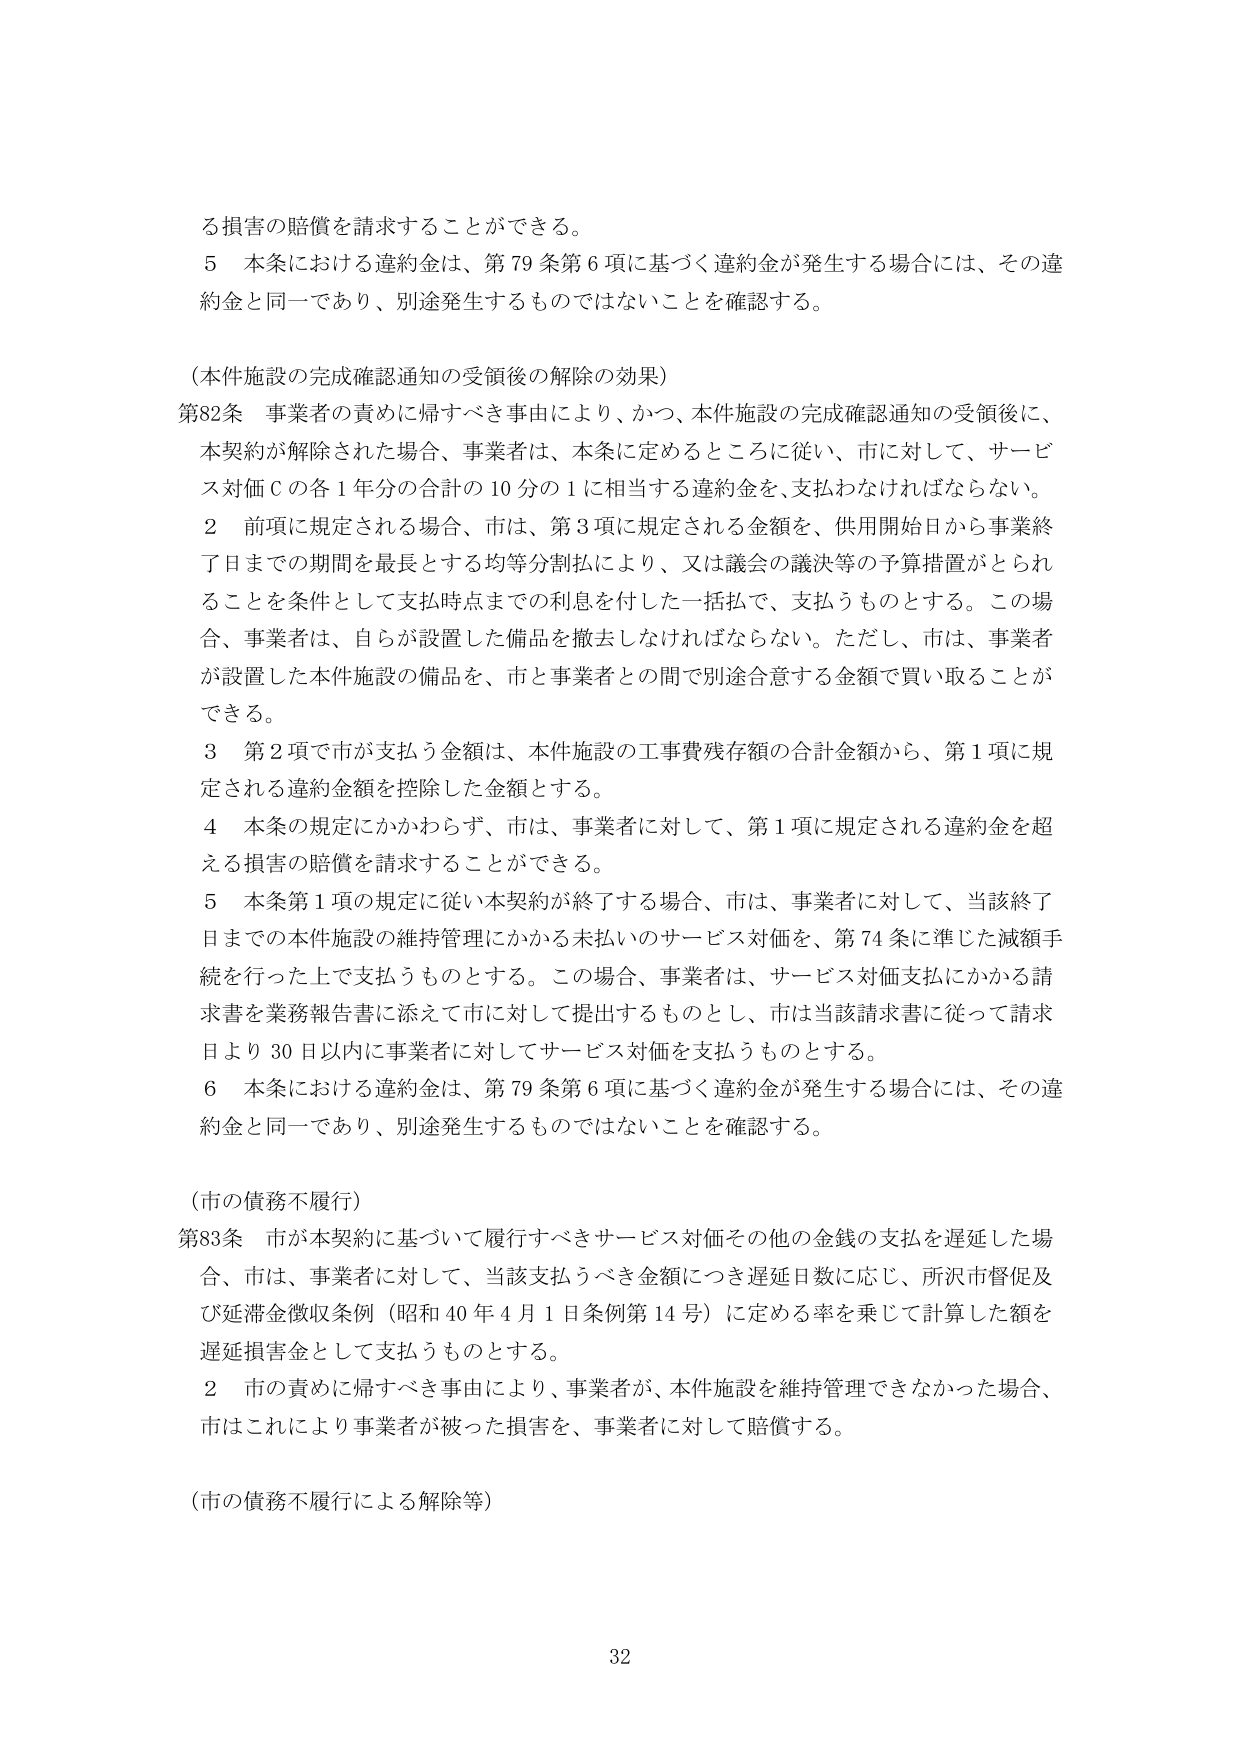
る損害の賠償を請求することができる。

５ 本条における違約金は、第79条第6項に基づく違約金が発生する場合には、その違約金と同一であり、別途発生するものではないことを確認する。

（本件施設の完成確認通知の受領後の解除の効果）

第82条 事業者の責めに帰すべき事由により、かつ、本件施設の完成確認通知の受領後に、本契約が解除された場合、事業者は、本条に定めるところに従い、市に対して、サービス対価Ｃの各1年分の合計の10分の1に相当する違約金を、支払わなければならない。

２ 前項に規定される場合、市は、第3項に規定される金額を、供用開始日から事業終了日までの期間を最長とする均等分割払により、又は議会の議決等の予算措置がとられることを条件として支払時点までの利息を付した一括払で、支払うものとする。この場合、事業者は、自らが設置した備品を撤去しなければならない。ただし、市は、事業者が設置した本件施設の備品を、市と事業者との間で別途合意する金額で買い取ることができる。

３ 第2項で市が支払う金額は、本件施設の工事費残存額の合計金額から、第1項に規定される違約金額を控除した金額とする。

４ 本条の規定にかかわらず、市は、事業者に対して、第1項に規定される違約金を超える損害の賠償を請求することができる。

５ 本条第1項の規定に従い本契約が終了する場合、市は、事業者に対して、当該終了日までの本件施設の維持管理にかかる未払いのサービス対価を、第74条に準じた減額手続を行った上で支払うものとする。この場合、事業者は、サービス対価支払にかかる請求書を業務報告書に添えて市に対して提出するものとし、市は当該請求書に従って請求日より30日以内に事業者に対してサービス対価を支払うものとする。

６ 本条における違約金は、第79条第6項に基づく違約金が発生する場合には、その違約金と同一であり、別途発生するものではないことを確認する。

（市の債務不履行）

第83条 市が本契約に基づいて履行すべきサービス対価その他の金銭の支払を遅延した場合、市は、事業者に対して、当該支払うべき金額につき遅延日数に応じ、所沢市督促及び延滞金徴収条例（昭和40年4月1日条例第14号）に定める率を乗じて計算した額を遅延損害金として支払うものとする。

２ 市の責めに帰すべき事由により、事業者が、本件施設を維持管理できなかった場合、市はこれにより事業者が被った損害を、事業者に対して賠償する。

（市の債務不履行による解除等）

32